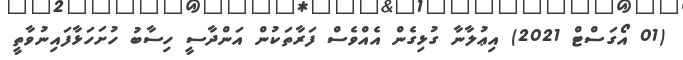
(01 އޯގަސްޓް 2021) އިޢުލާނާ ގުޅިގެން އެއްވެސް ފަރާތަކުން އަންދާސީ ހިސާބު ހުށަހަޅާފައިނުވާތީ